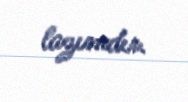
lazımdır.